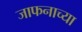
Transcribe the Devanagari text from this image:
जाफनाच्या